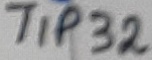
Text: TIP32